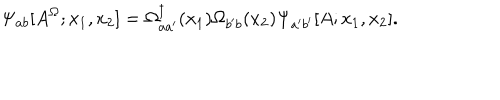
LaTeX: \Psi _ { a b } [ A ^ { \Omega } ; x _ { 1 } , x _ { 2 } ] = \Omega _ { a a ^ { \prime } } ^ { \dagger } ( x _ { 1 } ) \Omega _ { b ^ { \prime } b } ( x _ { 2 } ) \Psi _ { a ^ { \prime } b ^ { \prime } } [ A ; x _ { 1 } , x _ { 2 } ] .